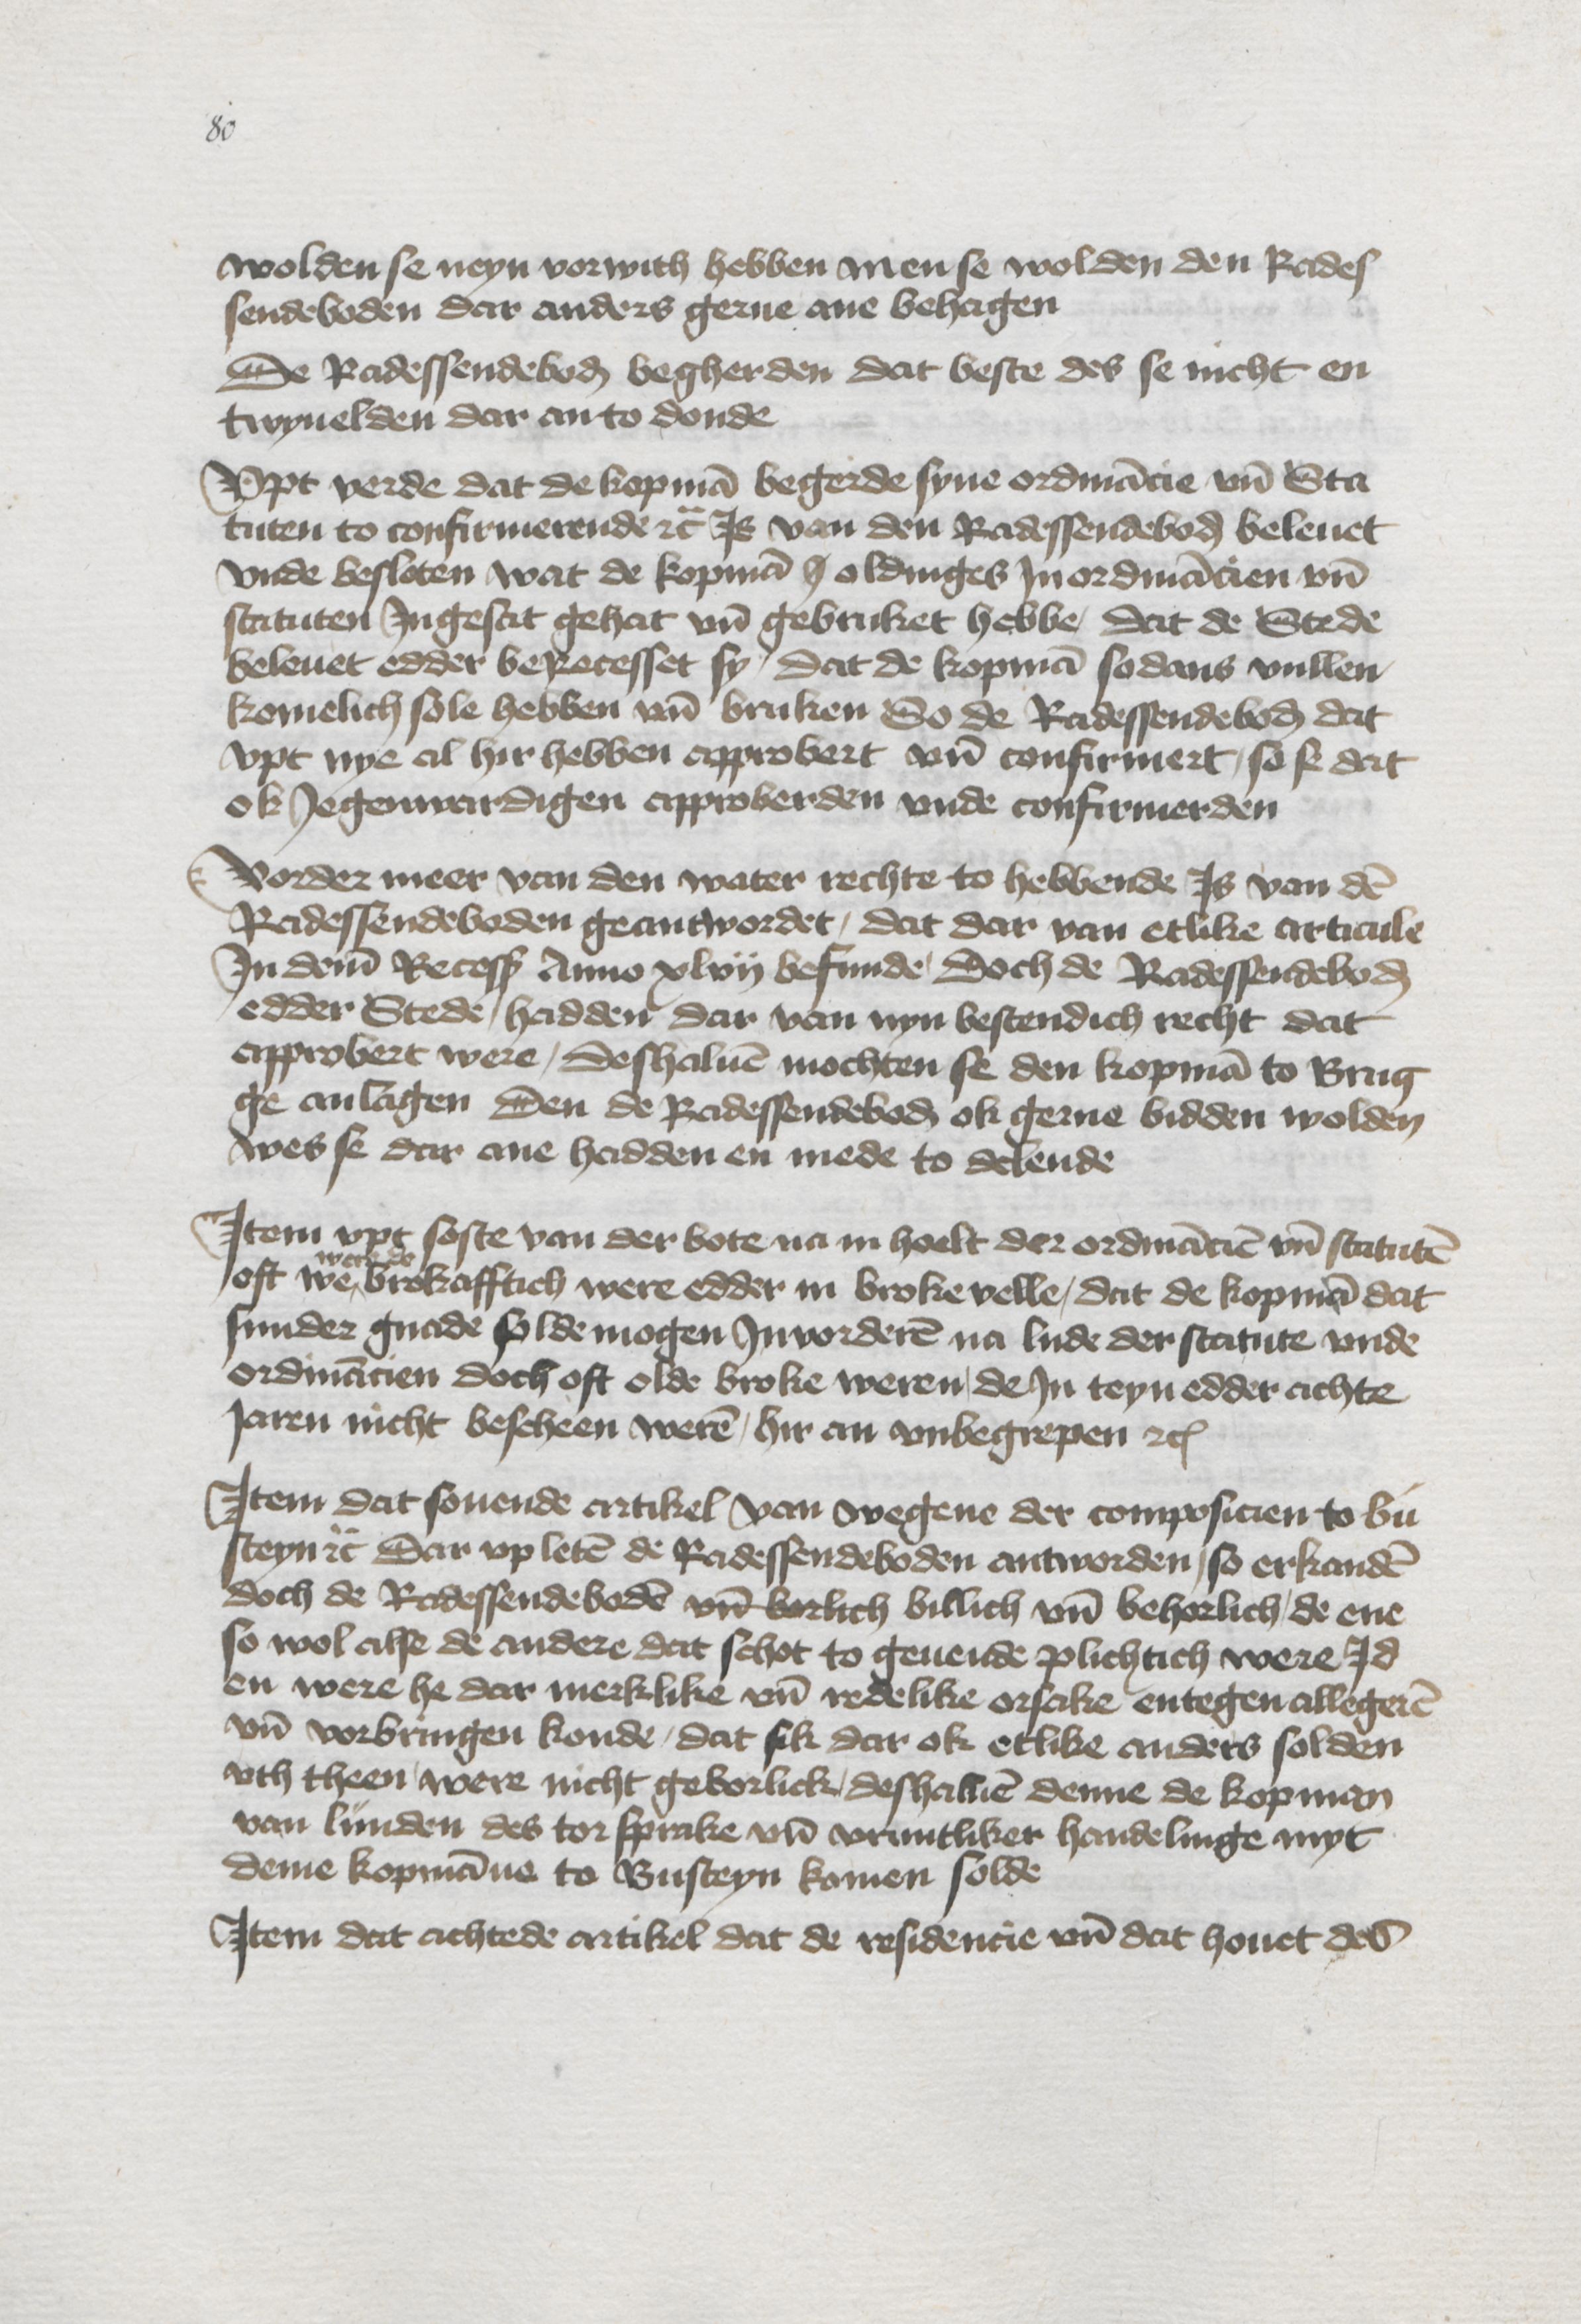
wolden se neyn vorwich hebben in en se wolden den Rades¬
sendeboden dar anders gerne ane behogen
De Radessendeboden begherden dat beste des se nicht en

twyuelden dar an to donde
Vpt verde dat de kopman begerde syne ordinancie vnd Sta¬
tuten to confirmerende etc Js van den Radessendeboden beleuet
vnde besloten wat de kopman h oldinges Jn ordinancien vnd
statuten Jngesat gehat vnd gebruket hebbe, dat de Stede
beleuet edder beRecesset sy, dat de kopman sodans vullen
komelich sole hebben vnd bruken So de Radessendeboden dat
vpt nye al hir hebben approbert vnd confirmert, so se dat
ok Jegenwardigen approberden vnde confirmerden

Vorder meer van den water rechte to hebbende Is van den
Radessendeboden geantwordet, dat dar van etlike articule
Jn deme Recesß Anno xlvij befunde, doch de Radessendeboden
edder Stede hadden dar van nyn bestendich recht dat
approbert were, deshaluen mochten se den kopman to Brug¬
ge anlangen den de Radessendeboden ok gerne bidden wolden
wes se dar ane hadden en mede to delende

Jtem vpt soste van der bote na in hoelt der ordancien vnd statuten
oft we were de brokafftich were edder in broke velle, dat de kopman dat
sunder gnade solde mogen Jnvorderen na lude der statute vnde
ordinancien doch oft olde broke weren, de Jn teyn edder achte
Jaren nicht bescheen weren, hir an vnbegrepen etc

Jtem dat souende artikel van wegene der composicien to bu¬
steyn etc Sar vp leten de Radessendeboden antworden, so erkanden
doch de Radessendeboden vnd vorlich billich vnd behorlich, de ene
so wol alse de andere dat schot to geuende plichtich were Jd
en were he dar merklike vnd redelike orsake entegen allegeren
vnd vorbringen konde, dat sik dar ok etlike anders solden
vth theen were nicht geborlick, deshaluen denne de kopman
van Lunden des tor sprake vnd vruntliker handelinge myt
deme kopmanne to Busteyn komen solde

Jtem dat achtede artikel dat de residencie vnd dat houet des